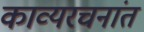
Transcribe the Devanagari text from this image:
काव्यरचनांत